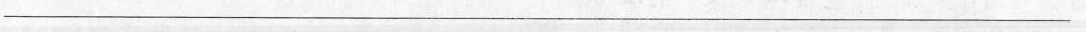
___